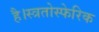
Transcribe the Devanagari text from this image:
है।स्त्रतोस्फेरिक